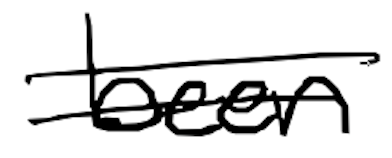
Text: been
Cross-out: double-line
Writing tool: digital_black